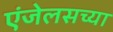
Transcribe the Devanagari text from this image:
एंजेलसच्या